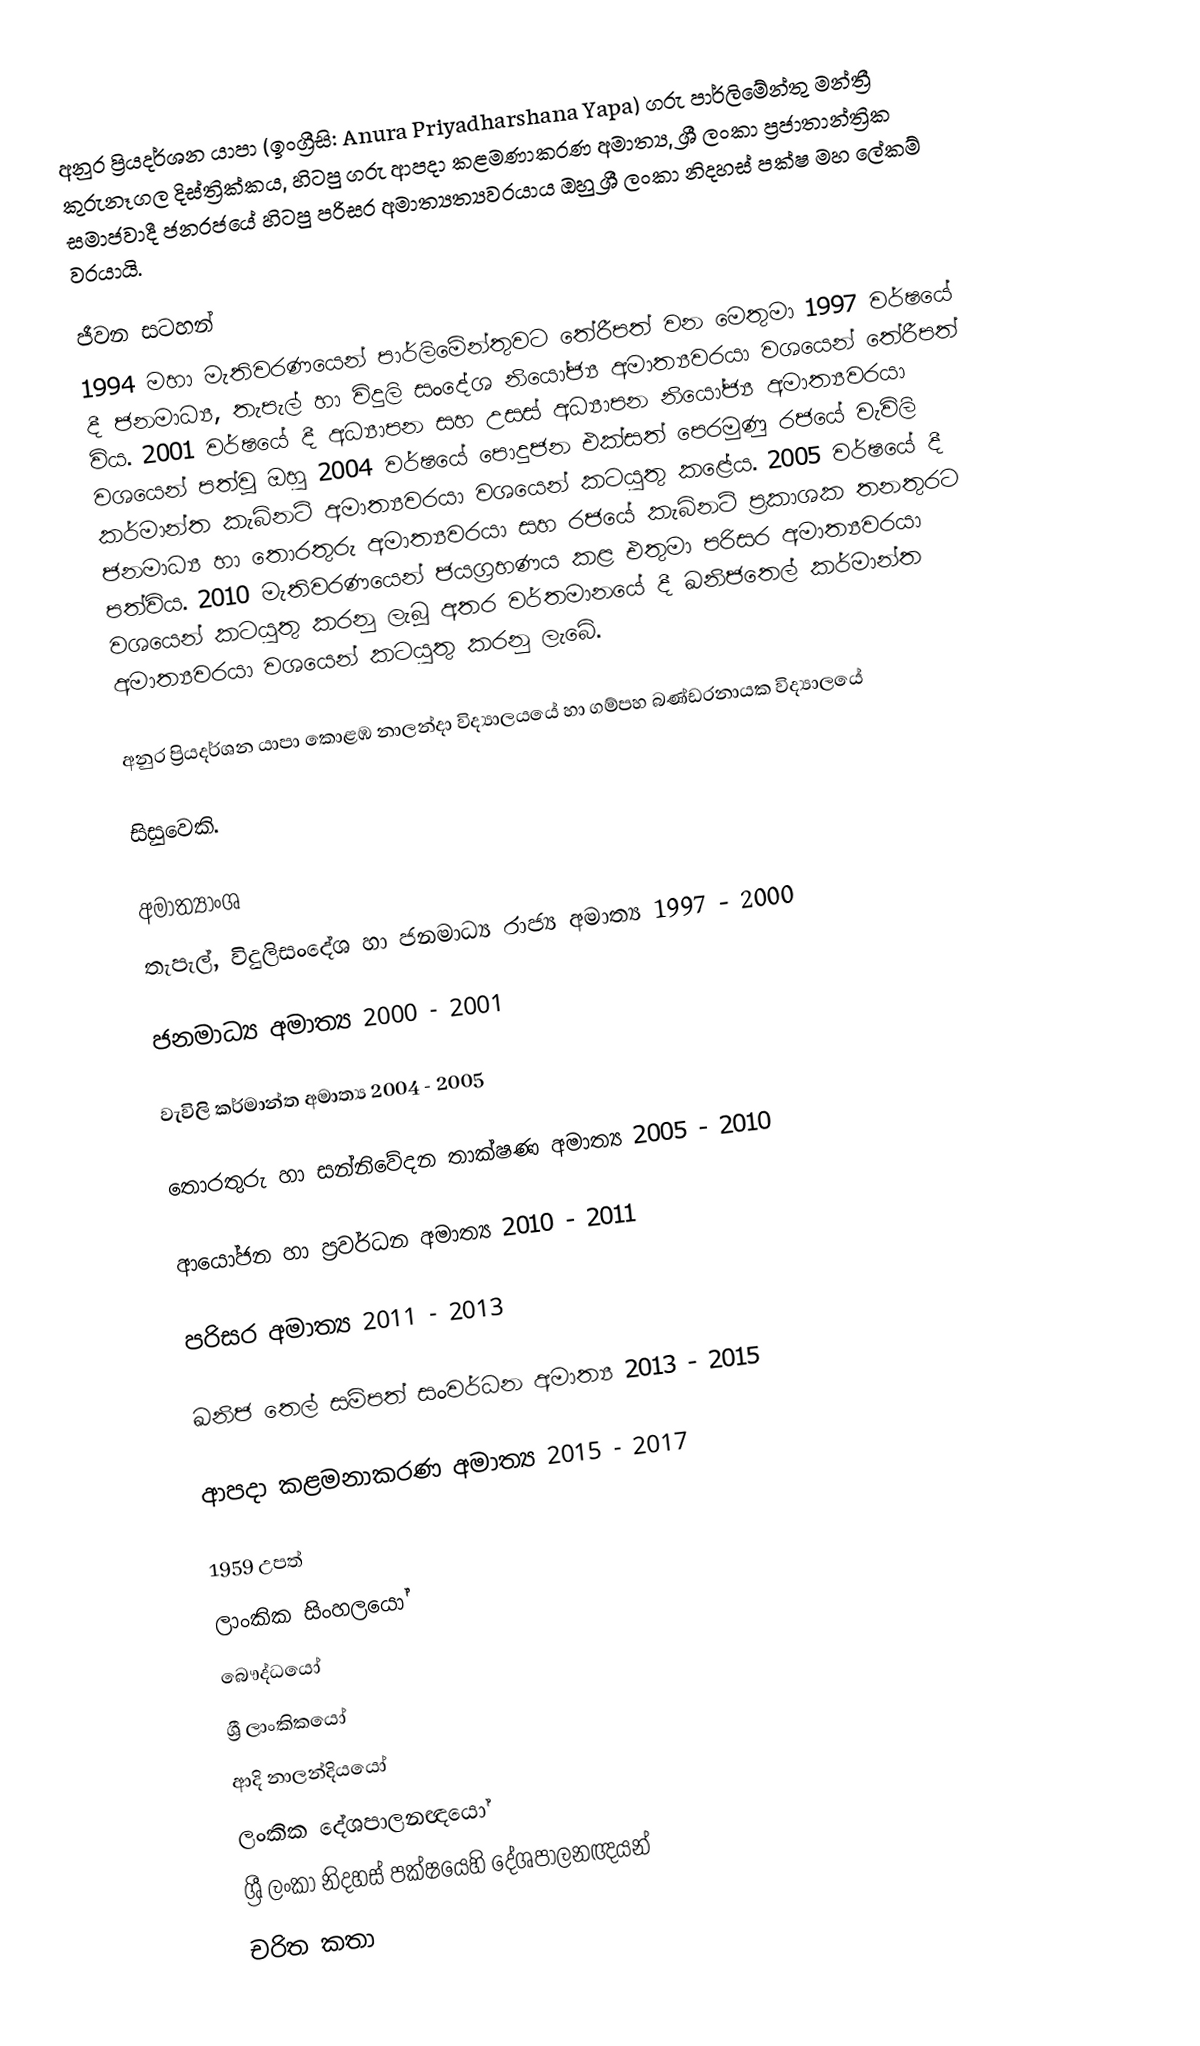
අනුර ප්‍රියදර්ශන යාපා (ඉංග්‍රීසි: Anura Priyadharshana Yapa) ගරු පාර්ලිමේන්තු මන්ත්‍රී කුරුනෑගල දිස්‌ත්‍රික්‌කය, හිටපු ගරු ආපදා කළමණාකරණ අමාත්‍ය, ශ්‍රී ලංකා ප්‍රජාතාන්ත්‍රික සමාජවාදී ජනරජයේ හිටපු පරිසර අමාත්‍යත්‍යවරයාය ඔහු ශ්‍රී ලංකා නිදහස් පක්ෂ මහ ලේකම් වරයායි.

ජීවන සටහන්
1994 මහා මැතිවරණයෙන් පාර්ලිමේන්තුවට තේරීපත් වන මෙතුමා 1997 වර්ෂයේ දී ජනමාධ්‍ය, තැපැල් හා විදුලි සංදේශ නියෝජ්‍ය අමාත්‍යවරයා වශයෙන් තේරීපත් විය. 2001 වර්ෂයේ දී අධ්‍යාපන සහ උසස් අධ්‍යාපන නියෝජ්‍ය අමාත්‍යවරයා වශයෙන් පත්වූ ඔහු 2004 වර්ෂයේ පොදුජන එක්සත් පෙරමුණු රජයේ වැවිලි කර්මාන්ත කැබිනට් අමාත්‍යවරයා වශයෙන් කටයුතු කළේය. 2005 වර්ෂයේ දී ජනමාධ්‍ය හා තොරතුරු අමාත්‍යවරයා සහ රජයේ කැබිනට් ප‍්‍රකාශක තනතුරට පත්විය. 2010 මැතිවරණයෙන් ජයග‍්‍රහණය කළ එතුමා පරිසර අමාත්‍යවරයා වශයෙන් කටයුතු කරනු ලැබූ අතර වර්තමානයේ දී ඛනිජතෙල් කර්මාන්ත අමාත්‍යවරයා වශයෙන් කටයුතු කරනු ලැබේ.

අනුර ප්‍රියදර්ශන යාපා කොළඹ නාලන්දා විද්‍යාලයයේ හා ගම්පහ බණ්ඩරනායක විද්‍යාලයේ

සිසුවෙකි.

අමාත්‍යාංශ
තැපැල්, විදුලිසංදේශ හා ජනමාධ්‍ය රාජ්‍ය අමාත්‍ය  1997 - 2000

ජනමාධ්‍ය අමාත්‍ය  2000 - 2001

වැවිලි කර්මාන්ත අමාත්‍ය  2004 - 2005

තොරතුරු හා සන්නිවේදන තාක්ෂණ අමාත්‍ය 2005 - 2010

ආයෝජන හා ප්‍රවර්ධන අමාත්‍ය 2010 - 2011

පරිසර අමාත්‍ය 2011 - 2013

ඛනිජ තෙල් සම්පත් සංවර්ධන අමාත්‍ය  2013 - 2015

ආපදා කළමනාකරණ අමාත්‍ය 2015 - 2017

1959 උපත්
ලාංකික සිංහලයෝ
බෞද්ධයෝ
ශ්‍රී ලාංකිකයෝ
ආදි නාලන්දියයෝ
ලංකික දේශපාලනඥයෝ
ශ්‍රී ලංකා නිදහස් පක්ෂයෙහි දේශපාලනඥයන්
චරිත කතා